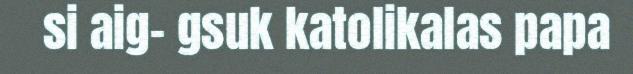
si aig- gsuk katolikalas papa